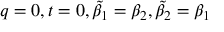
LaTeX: q = 0 , t = 0 , \tilde { \beta } _ { 1 } = \beta _ { 2 } , \tilde { \beta } _ { 2 } = \beta _ { 1 }